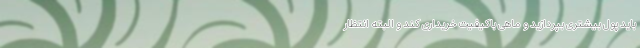
باید پول بیشتری بپردازید و ماهی باکیفیت خریداری کند و البته انتظار